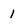
Character: I